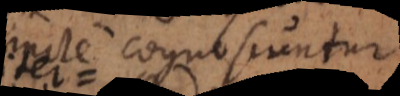
stincte cognoscuntur